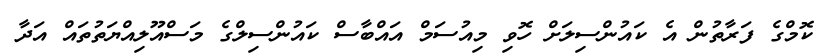
ކޮމްގެ ފަރާތުން އެ ކައުންސިލަށް ހޮވި މިއުސަމް އައްބާސް ކައުންސިލްގެ މަސްއޫލިއްޔަތުތައް އަދާ